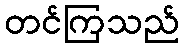
တင်ကြသည်